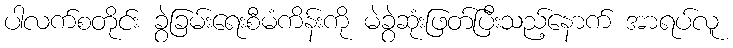
ပါလက်စတိုင်း ခွဲခြမ်းရေးစီမံကိန်းကို မဲခွဲဆုံးဖြတ်ပြီးသည့်နောက် အာရပ်လူ